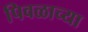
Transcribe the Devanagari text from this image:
पिवळाच्या